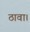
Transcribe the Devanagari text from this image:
ठावा।